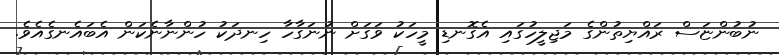
ނުބުންޏަސް ރައްޔިތުންގެ މަޖިލީހުގައި އެގޮނޑި މީހަކު ވަގަށް ނުނަގާހާ ހިނދަކު ހުންނާނެކަން އެބައެނގެއެވެ.